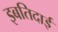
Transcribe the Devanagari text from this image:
इबतिदाई